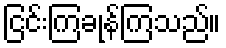
ငြင်းကြခုန်ကြသည်။